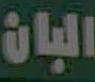
البان